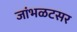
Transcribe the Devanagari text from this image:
जांभळटसर